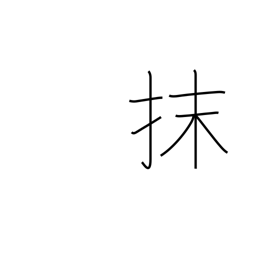
Meaning: erase